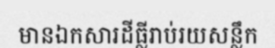
មានឯកសារដីធ្លីរាប់រយសន្លឹក